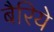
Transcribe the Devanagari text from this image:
बैरिये